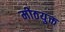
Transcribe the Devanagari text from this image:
मीठयुक्त